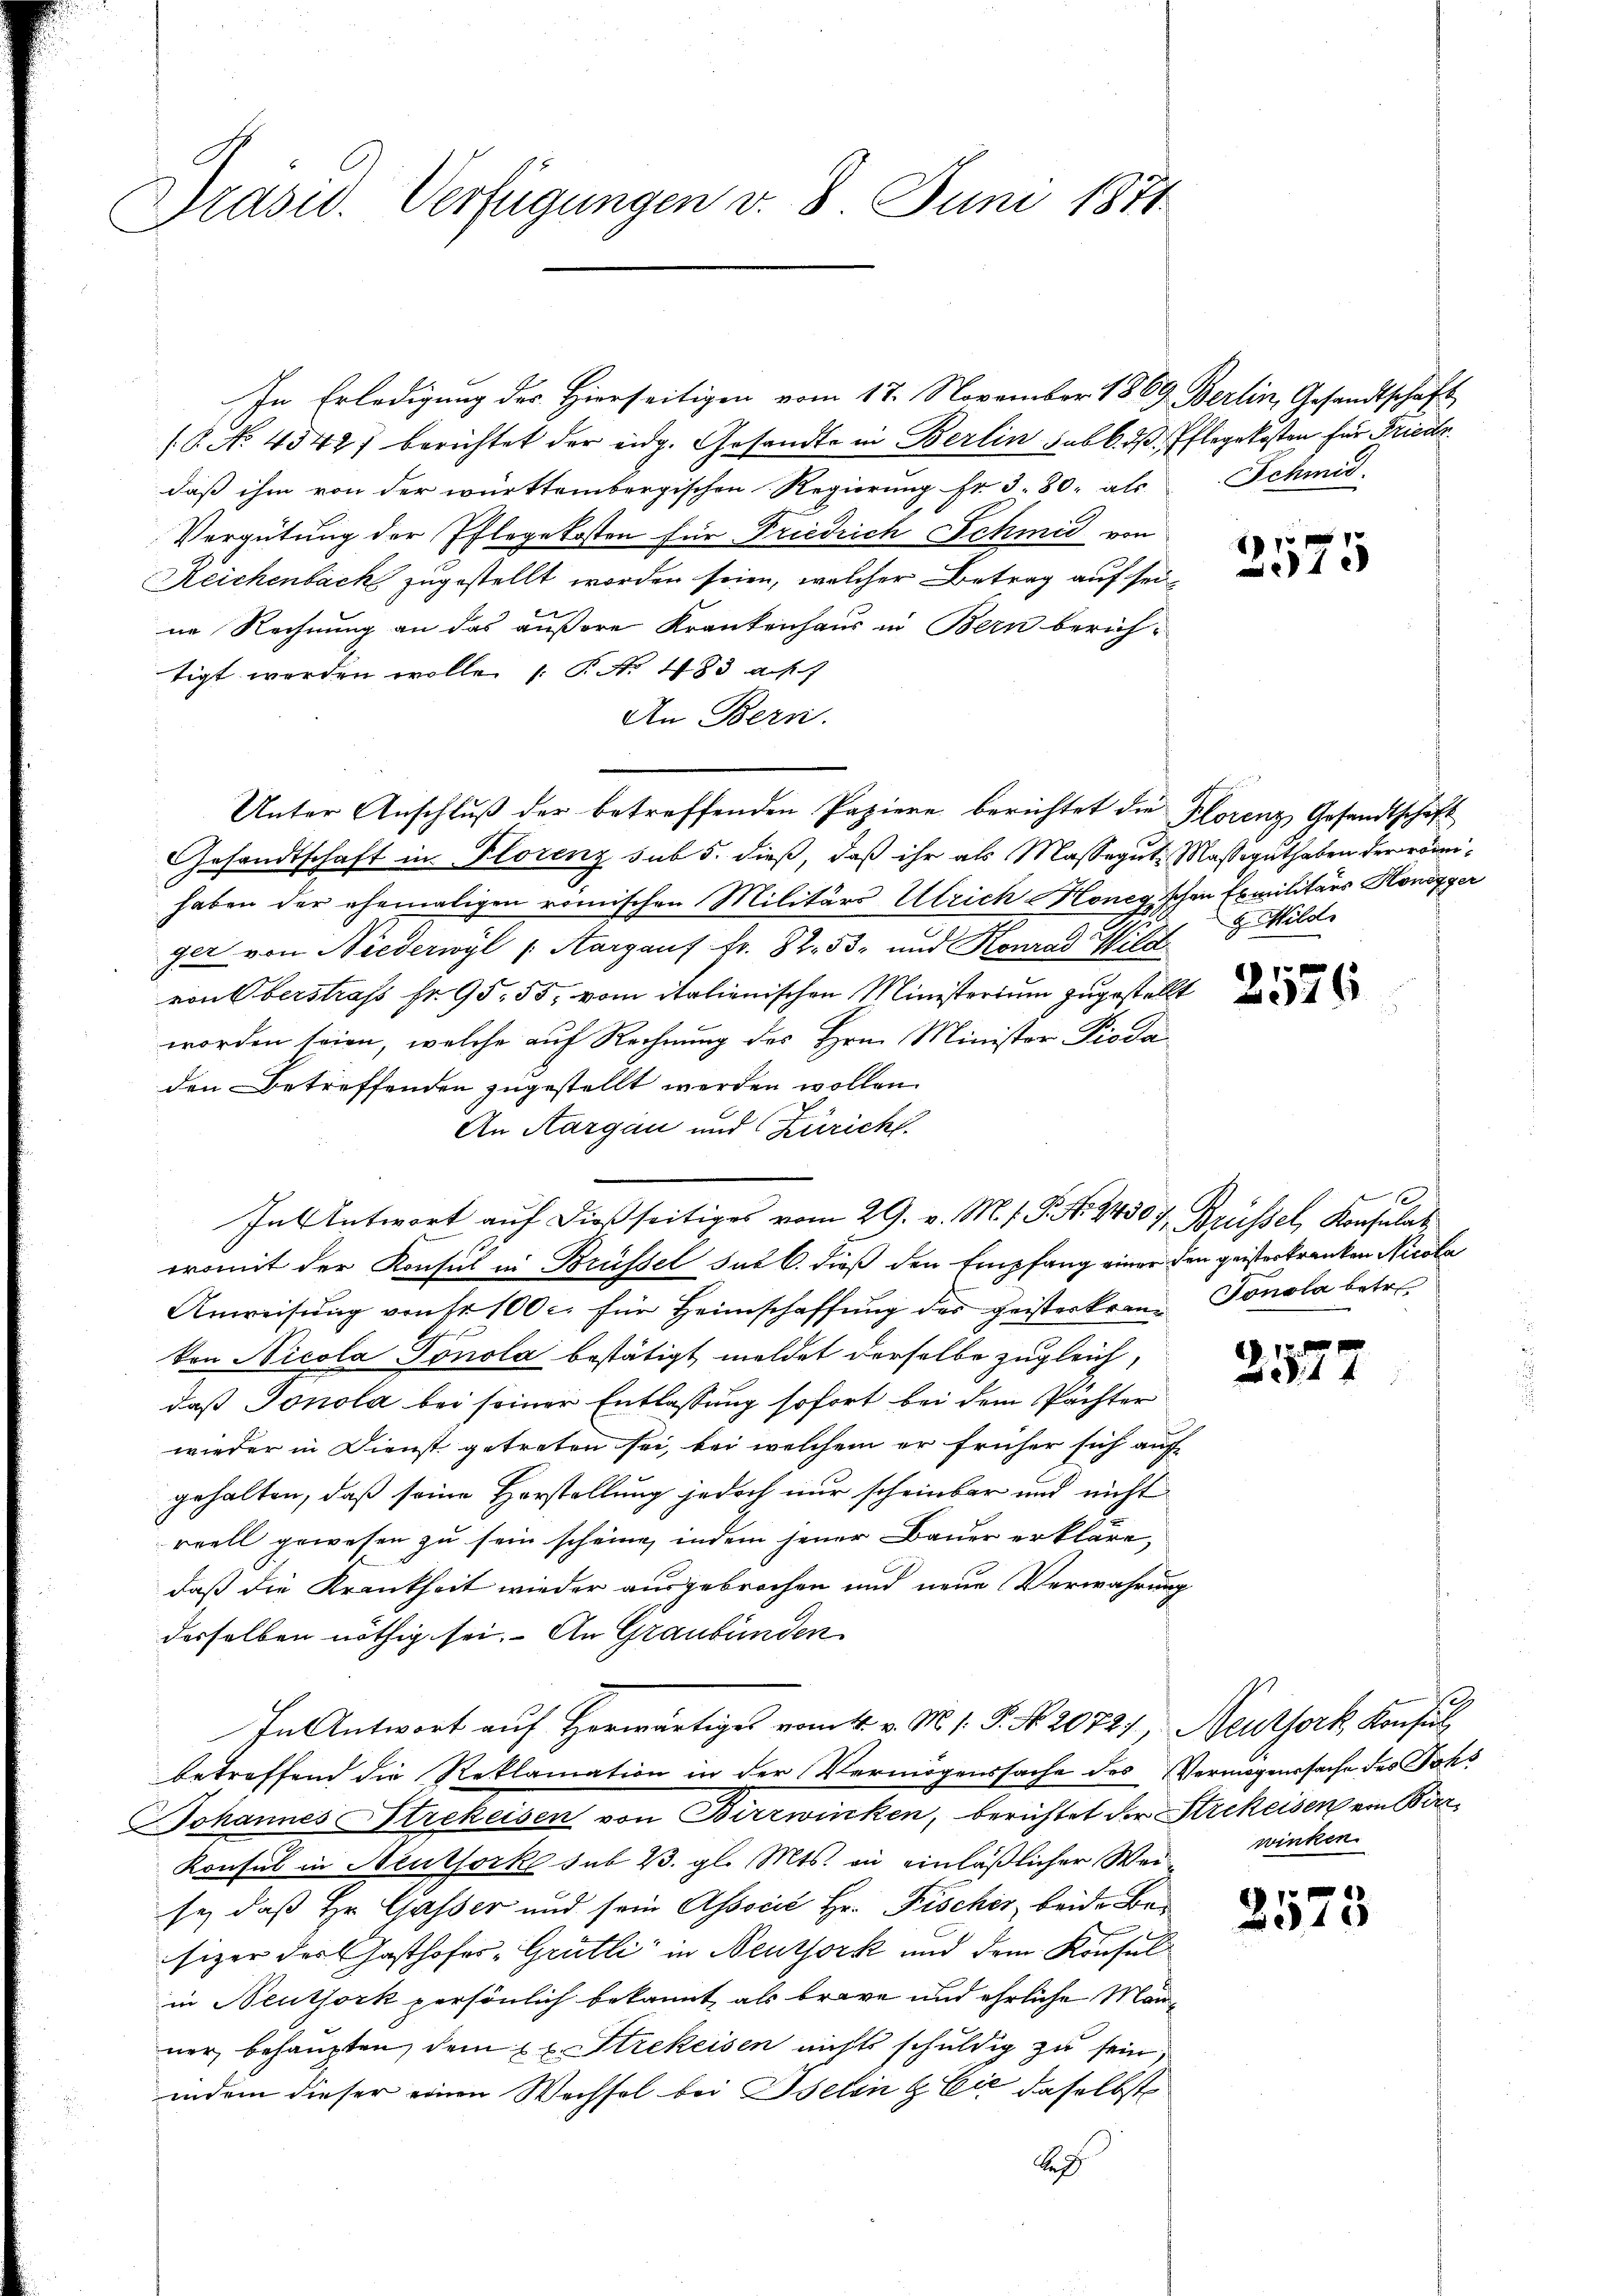
Präsid. Verfügungen v. 8. Juni 1871

In Erledigung des Hierseitigen vom 17. November 1869 Berlin, Gesandtschaft
/8. No. 4542) berichtet der eidg. Gesandte in Berlin sub b. d. Pflegekosten für Friedr
daß ihm von der württembergischen Regierung fr. 3. 80. als
Vergütung der Pflegekosten für Friedrich Schmid von
Reichenbach zugestellt worden seien, welcher Betrag auf seine Rechnung an das äußere Krankenhaus in Bern berichtigt werden wolle. 1. P. No 483 ak
An Bern.
Gesandtschaft in Florenz sub 5. dieß, daß ihr als Massegute Massguthaben der römihaben der ehemaligen römischen Militärs Ulrich Honegischen Exmilitärs Honegger
ger von Niederwyl (Aargauf Fr. 82. 53 und Konrad Wild
von Oberstraf fr. 95. 55, vom italienischen Ministerium zugestellt
worden seien, welche auf Rechnung des Hrn. Ministor Pioda
den Betreffenden zugestellt werden wollen.
An Aargau und Züricht
In Antwort auf dießseitiges vom 29. v. M. f. P. Nr. 24307, Brüssel, Konsulat
womit der Konsul in Brüssel sub 6. dieß den Empfang einer den geisterkranken Nicola
Anweisung von Fr. 100 c. für Heimschaffung des geisterkranz Tonola betr.
Von Nicola Ponola bestätigt, meldet derselbe zugleich,
daß Jonola bei seiner Entlassung sofort bei dem Pächter
wieder in Dienst getreten sei, bei welchem er früher sich auf
gehalten, daß seine Horstellung jedoch nur scheinbar und nicht
reell gewesen zu sein scheine, indem jener Bauer erkläre,
daß die Krankheit wieder ausgebrochen und neue Verwahrung
desselben nöthig sei. An Graubünden
In Antwort auf Horwärtiges vom 4. v. M. s. P. No. 20727. Neuthork Konsul
betreffend die Reklamation in der Vermögenssache des Vermögenssache des Johs
Johannes Strekeisen von Birzwinken, berichtet der Strekeisen von Birr¬
.
Konsul in Neuthorke sub 23. gl. Mts. in einläßlicher Weise, daß Hr. Gasser und sein Associé Hr. Fisches beide Besizer der Gasthofes-Grütli in Neuthork und dem Konsul
in Neuthork persönlich bekannt, als brave und ehrliche Manner, behaupten, dem xx. Strekeisen nichts schuldig zu sein,
indem dieser einen Wechsel bei Iselin & Cie daselbst

Unter Anschluß der betreffenden Papiere berichtet die Florenz Gesandtschaft

Schmid.

1
1

g. Mild

2576

2572

2573

2.
winken.